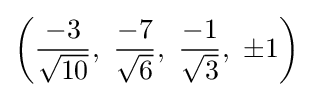
\left({\frac {-3}{\sqrt {10}}},\ {\frac {-7}{\sqrt {6}}},\ {\frac {-1}{\sqrt {3}}},\ \pm 1\right)